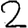
Digit: 2